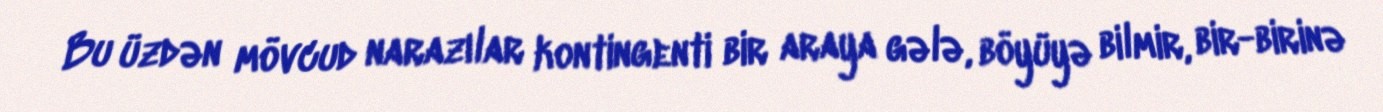
Bu üzdən mövcud narazılar kontingenti bir araya gələ, böyüyə bilmir, bir-birinə